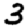
Digit: 3